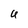
Character: U